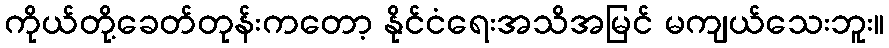
ကိုယ်တို့ခေတ်တုန်းကတော့ နိုင်ငံရေးအသိအမြင် မကျယ်သေးဘူး။